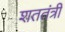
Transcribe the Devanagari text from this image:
शततंत्री